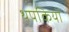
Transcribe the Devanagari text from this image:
थपकियों